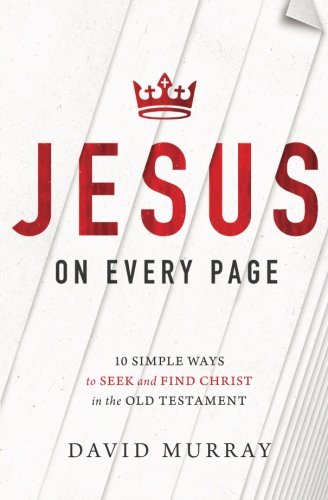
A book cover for Jesus on Every Page: 10 Simple Ways to Seek and Find Christ in the Old Testament; David Murray; Christian Books & Bibles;